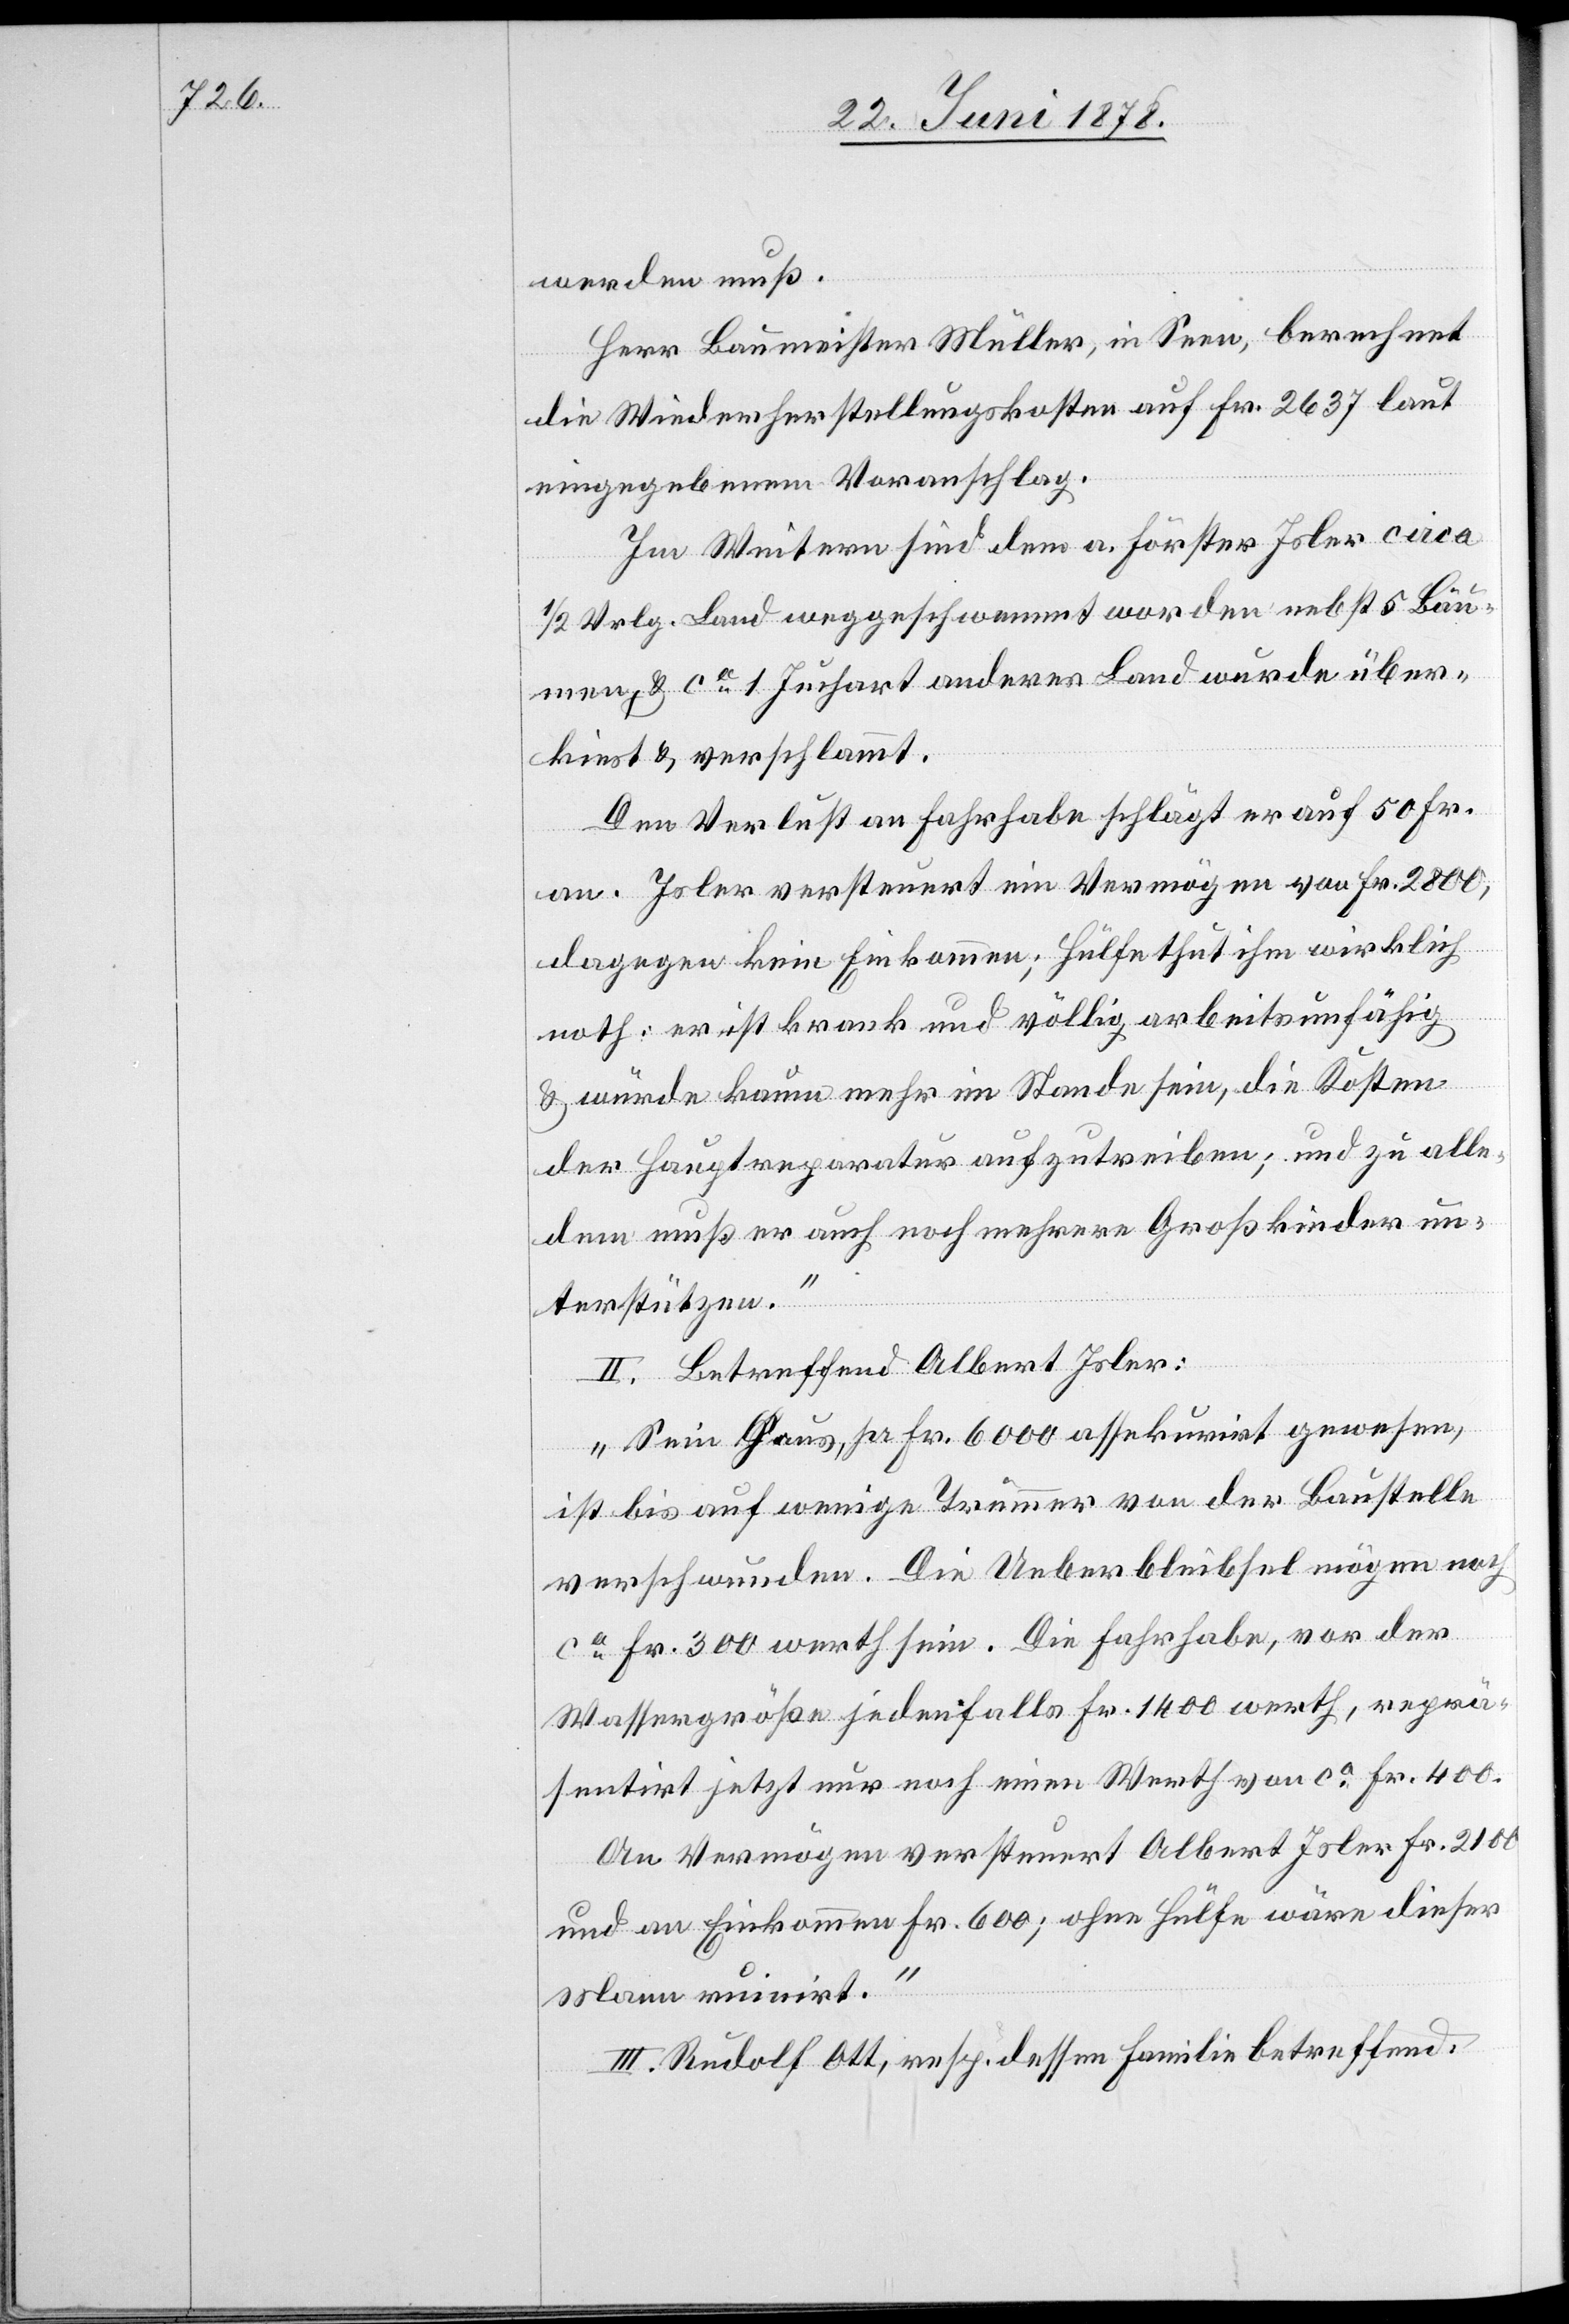
werden muß.
Herr Baumeister Müller, in Seen, berechnet
die Wiederherstellungskosten auf Fr. 2637 laut
eingegebenem Voranschlag.
Im Weitern sind dem a. Förster Isler circa
1/2 Vrlg. Land weggeschwemmt worden nebst 5 Bäu¬
men, & ca 1 Juchart anderes Land wurde über¬
kiest & verschlammt.
Den Verlust an Fahrhabe schlägt er auf 50 Fr.
an. Isler versteuert ein Vermögen von Fr. 2800,
dagegen kein Einkommen; Hülfe thut ihm wirklich
noth: er ist krank und völlig arbeitsunfähig
& würde kaum mehr im Stande sein, die Kosten
der Hauptreparatur aufzutreiben; und zu alle¬
dem muß er auch noch mehrere Großkinder un¬
terstützen.“
II. Betreffend Albert Isler:
„Sein Haus, pr. Fr. 6000 assekurirt gewesen,
ist bis auf wenige Trümmer von der Baustelle
verschwunden. Die Ueberbleibsel mögen noch
ca Fr. 300 werth sein. Die Fahrhabe, vor der
Wassergröße jedenfalls Fr. 1400 werth, reprä¬
sentirt jetzt nur noch einen Werth von ca Fr. 400.
An Vermögen versteuert Albert Isler Fr. 2100
und an Einkommen Fr. 600; ohne Hülfe wäre dieser
Mann ruinirt.“
III. Rudolf Ott, resp. dessen Familie betreffend: